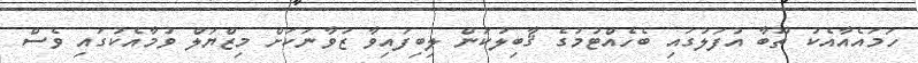
ހަމައެއާއެކު ތޫބާ އުފަލުގައި ބެހެއްޓުމުގެ ޤާބިލުކަން ލިބިފައިވާ ޒުވާނަކަށް މިޒްޔަލް ވުމާއެކުގައި ވެސް